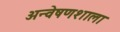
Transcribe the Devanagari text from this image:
अन्वेषणशाला